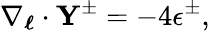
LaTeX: \mathbf{\nabla}_{\boldsymbol{\ell}}\cdot\mathbf{Y^{\pm}}=-4\epsilon^{\pm},